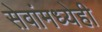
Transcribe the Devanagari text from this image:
सेवांमध्येही